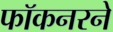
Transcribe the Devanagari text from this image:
फॉकनरने